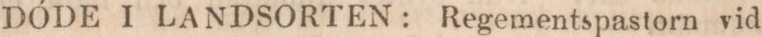
DÖDE I LANDSORTEN: Regementspastorn vid